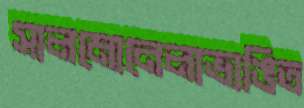
সালমোনেলাভাঙিত